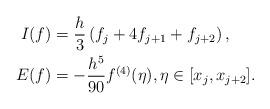
LaTeX: \begin{align*}\begin{aligned}I(f)&=\frac{h}{3}\left(f_{j}+4f_{j+1}+f_{j+2}\right), \\E(f)&=-\frac{h^5}{90}f^{(4)}(\eta),\eta\in[x_{j}, x_{j+2}]. \end{aligned}\end{align*}